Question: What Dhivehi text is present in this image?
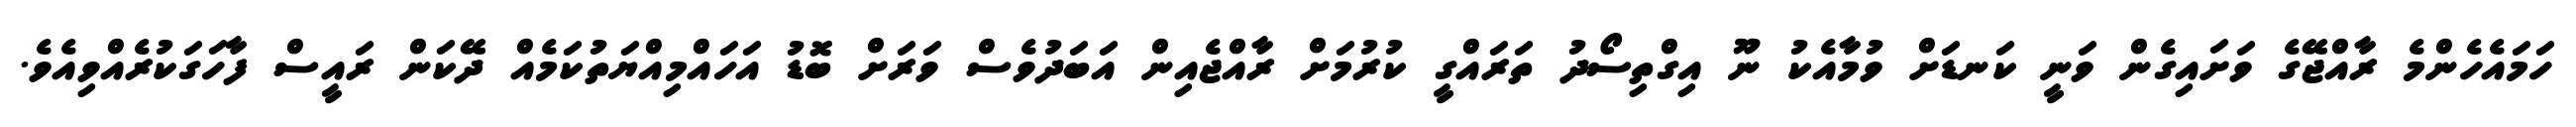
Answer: ހަމައެހެންމެ ރާއްޖޭގެ ވަށައިގެން ވަނީ ކަނޑަށް ވުމާއެކު ނޫ އިގްތިސޯދު ތަރައްގީ ކުރުމަށް ރާއްޖެއިން އަބަދުވެސް ވަރަށް ބޮޑު އަހައްމިއްޔަތުކަމެއް ދޭކަން ރައީސް ފާހަގަކުރެއްވިއެވެ.